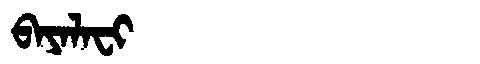
Manchu: ᠪᠠᠶᠠᠯᠠᠸᡳ
Romanization: BAYALAFI